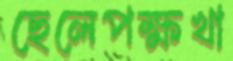
ছেলেপক্ষখা